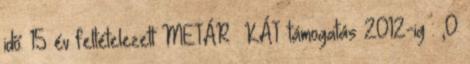
idő: 15 év feltételezett METÁR KÁT támogatás 2012-ig : ,0